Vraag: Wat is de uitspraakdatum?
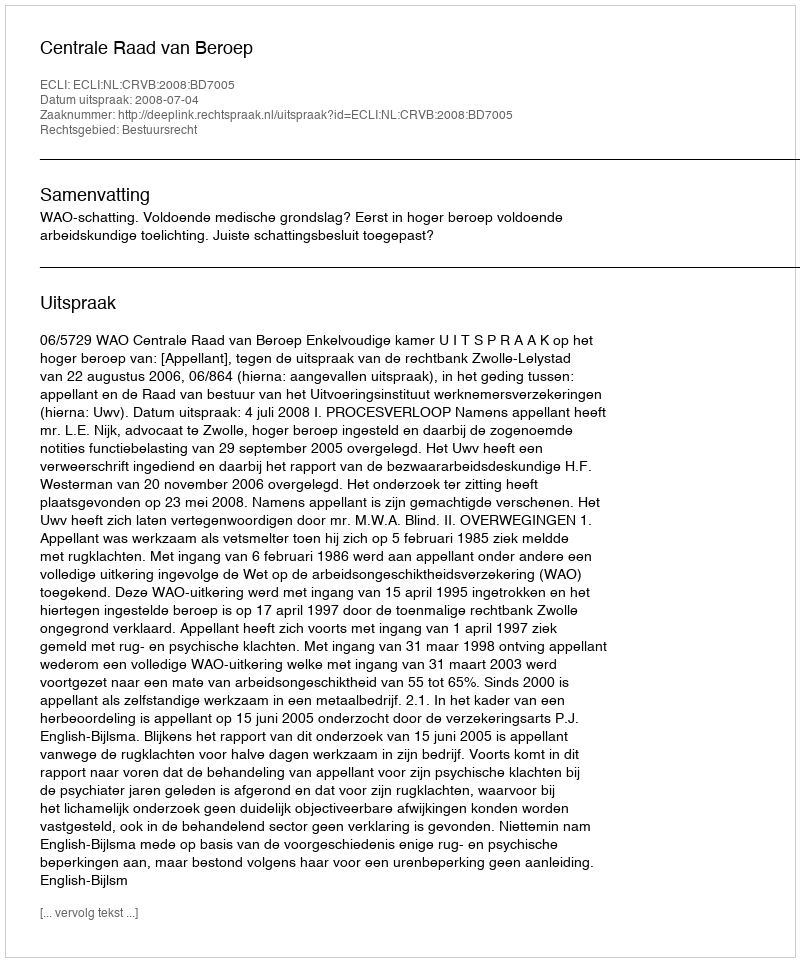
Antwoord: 2008-07-04